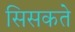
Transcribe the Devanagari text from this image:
सिसकते